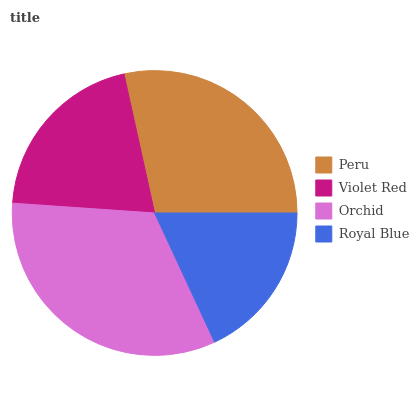
| Peru | Violet Red | Orchid | Royal Blue |
 | --- | --- | --- | --- |
 | 28.5% | 20.5% | 32.9% | 18.1% |